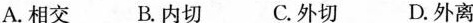
A.相交 B.内切 C.外切 D.外离